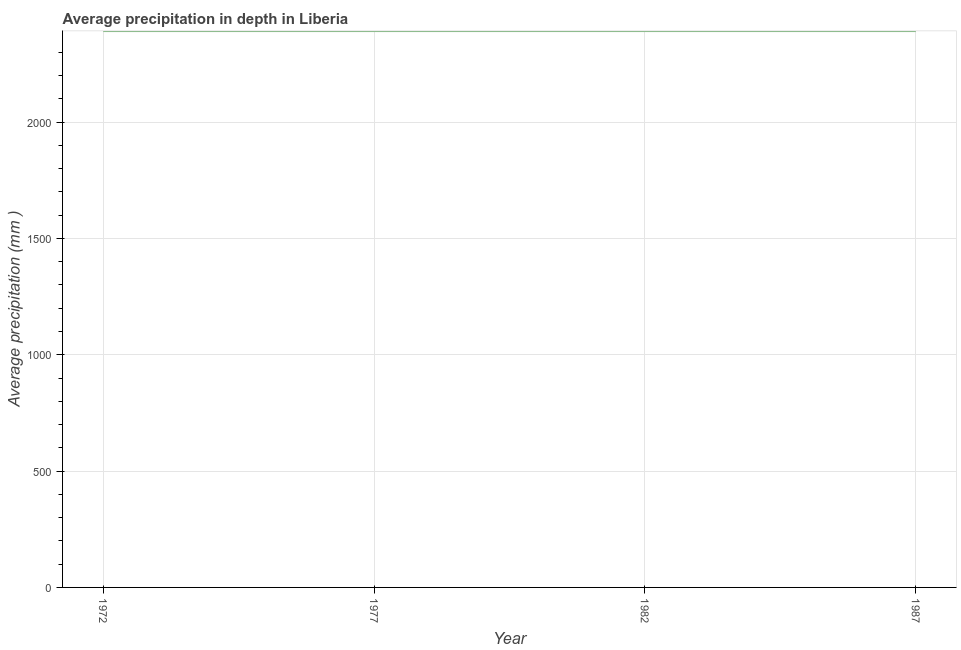
| Year | Average precipitation in depth |
 | --- | --- |
 | 1972 | 2.39e+03 |
 | 1977 | 2.39e+03 |
 | 1982 | 2.39e+03 |
 | 1987 | 2.39e+03 |